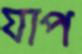
যাপ